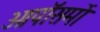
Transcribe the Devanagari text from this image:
ओपॉसमों